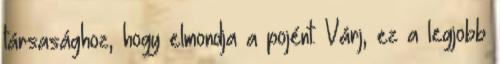
társasághoz, hogy elmondja a pojént. Várj, ez a legjobb